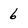
Character: 6